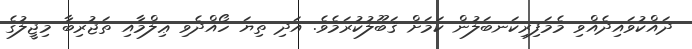
ދައްކުވައިދެއްވި މެމަފިރިކަނބަލުން ކަމަށް ޤަބޫލުކުރަމެވެ. އަދި ތިޔަ ހޯއްދެވި ޢިލްމާއި ތަޖުރިބާ މިޖީލުގެ